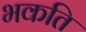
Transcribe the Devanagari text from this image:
भकति